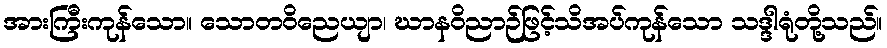
အားကြီးကုန်သော။ သောတဝိညေယျာ၊ ဃာနဝိညာဉ်ဖြင့်သိအပ်ကုန်သော သဒ္ဒါရုံတို့သည်။